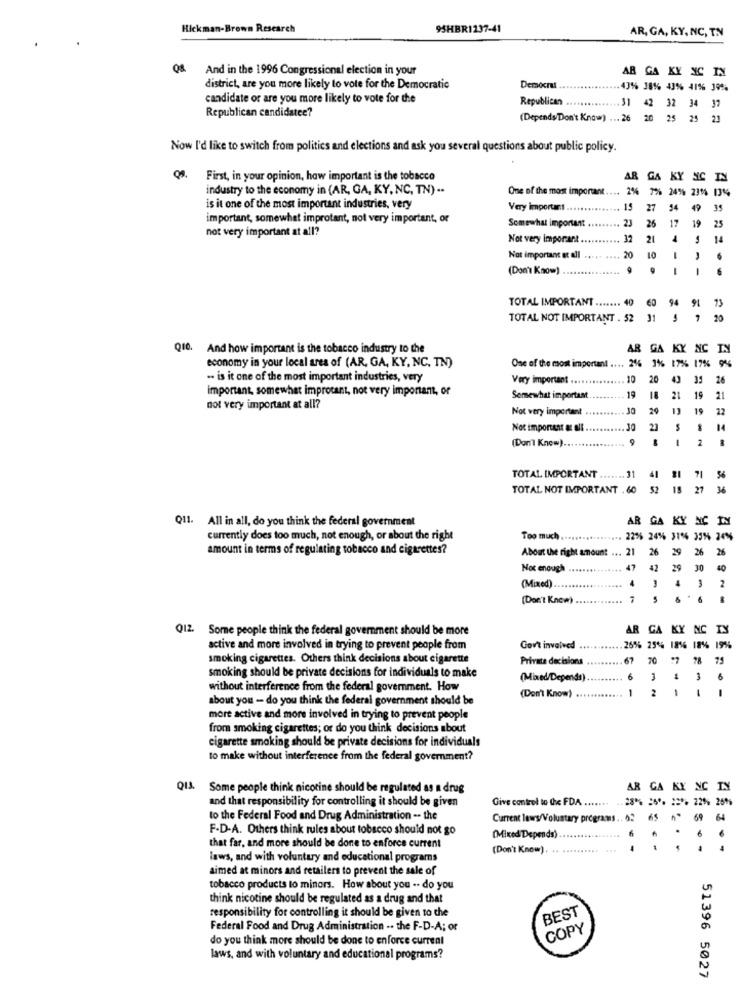
Hickman-Brown Research
95HBR1237-41
AR, GA, KY, NC, TN
And in the 1996 Congressional election in your
AR GA KY NC IN
district, are you more likely to vote for the Democratic
Democrat
43% 38% 43% 41% 395%
candidate or are you more likely to vote for the
Republican
Republican candidatee?
31 42 32 34 37
(Depends/Don't Know) ... 26
20 25 25 21
Now I'd like to switch from politics and elections and ask you several questions about public policy.
First, in your opinion, how important is the tobacco
AR GA KY NC IN
industry to the economy in (AR, GA, KY, NC, TN) ..
One of the most important.
2% 7% 24% 2314 13%
is it one of the most important industries, very
Very important
15
27
54
49 35
important, somewhat improtant, not very important, or
17
not very important at all?
Somewhat important .
23
26
19
25
Not very important ..
32
21
4
5 14
Not important et all
20
10
6
(Don't Know)
9
9
1
94
91
73
TOTAL IMPORTANT ....... 40
TOTAL NOT IMPORTANT . 52 31
3 7 20
Q10. And how important is the tobacco industry to the
AR GA K
NC
economy in your local area of (AR, GA, KY, NC, IN)
One of the most important .... 2% 3% 17% 1
.. is it one of the most important industries, very
Very important ...
10
20
35
26
important, somewhat improtant, not very important, or
Somewhat important
19
18
21
19
21
not very important at all?
Not very important
30
20
13
19
22
Not important az el
30
23
-
14
(Don't Know).
2
31
4
TOTAL IMPORTANT
...... 3
71
TOTAL NOT IMPORTANT . 60
52
36
Q11. All in all, do you think the federal government
AR
CA
KY NC
currently does too much, not enough, or about the right
Too much
22% 24% 31% 35% 34%%
amount in terms of regulating tobacco and cigarettes?
About the right amount ... 21
26
29
26
26
Not enough .
47
42
29
30
10
4
2
(Mixed) ..
(Don't Kncw)
5
.
6
Q12. Some people think the federal government should be more
AR GA KY
NC
active and more involved in trying to prevent people from
Gov't involved
26% 25*4 1856 18%% 19%%
smoking cigarettes. Others think decisions about cigarette
Privata decisions
67
70
78
78 75
smoking should be private decisions for individuals to make
(Mixed/Depends)
6
1
3
6
without interference from the federal government. How
1
-
about you - do you think the federal government should be
(Don't Know)
more active and more involved in trying to prevent people
from smoking cigarettes; or do you think decisions about
cigarette smoking should be private decisions for individuals
to make without interference from the federal government?
QIL.
Some people think nicotine should be regulated as a drug
AR GA
KY
NIC
and that responsibility for controlling it should be given
.. 28% 26. 12% 22% 251%
Give control to die FDA. .......
to the Federal Food and Drug Administration -. the
Current laws/Voluntary programs .. 62
69
64
F-D-A. Others think rules about tobacco should not go
(Mixed Depends)
6
that far, and more should be done to enforce current
(Don't Know)
laws, and with voluntary and educational programs
aimed at minors and retailers to prevent the sale of
tobacco products to minors. How about you .. do you
think nicotine should be regulated as a drug and that
BEST
responsibility for controlling it should be given to the
Federal Food and Drug Administration .. the F-D-A; or
COPY
do you think more should be done to enforce current
laws, and with voluntary and educational programs?
51396 5027